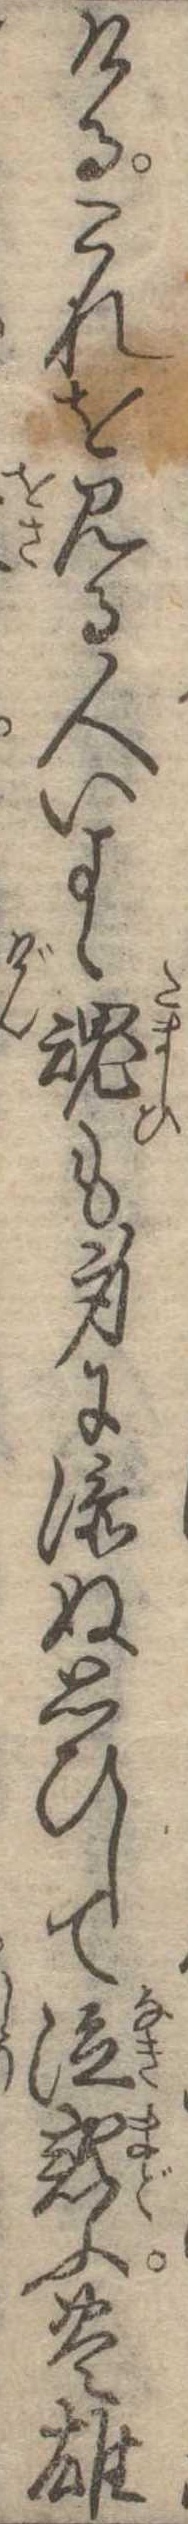
けるこれを見る人いよゝ魂も身に添ぬ思ひして泣惑ふ豊雄